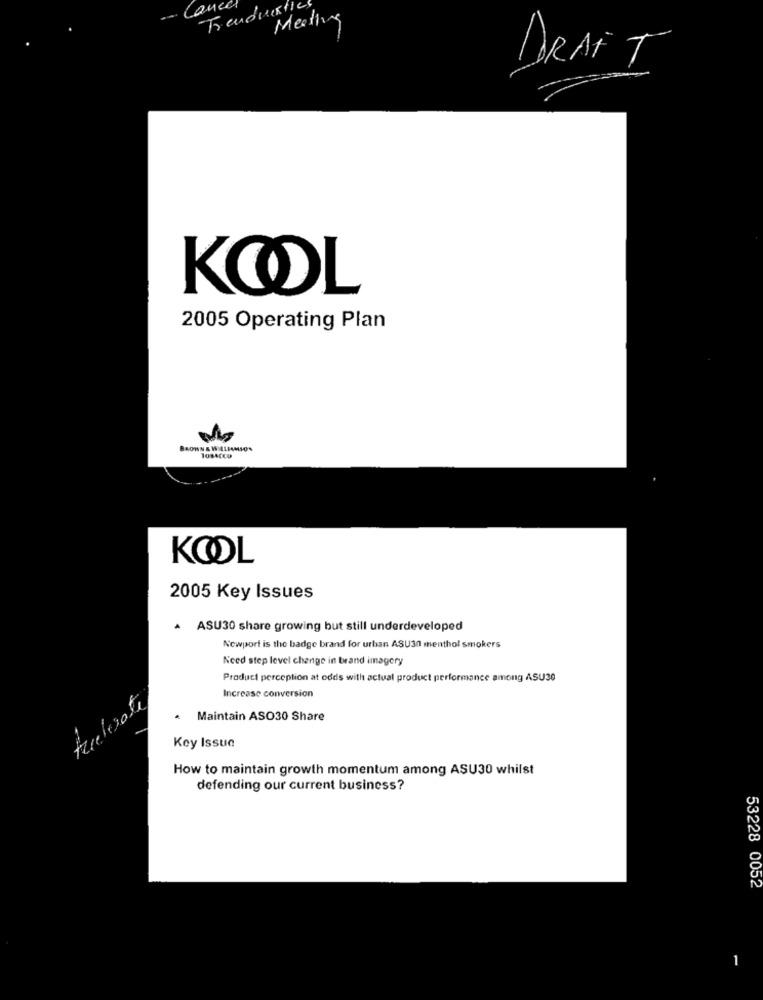
auce
To endirektic
Meeting
DRAIT
KOOL
2005 Operating Plan
BROWN& WILLIAMSON
KOOL
2005 Key Issues
ASU30 share growing but still underdeveloped
Newport is the badge brand for urban ASU30 menthol smokers
Need step level change in brand imagery
Product perception at odds with actual product performance among ASU30
Increase conversion
trelerate
. Maintain ASO30 Share
Key Issue
How to maintain growth momentum among ASU30 whilst
defending our current business?
53228 0052